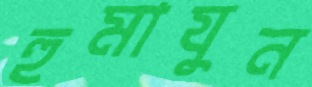
হুমাযুন